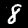
Label: 8